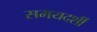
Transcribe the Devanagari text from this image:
समयदर्शी